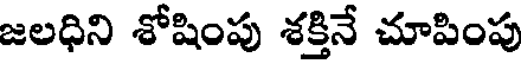
జలధిని శోషింపు శక్తినే చూపింపు